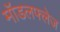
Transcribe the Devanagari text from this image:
मॉडलफ्लेज